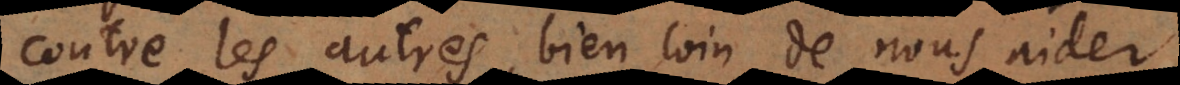
contre les autres, bien loin de nous aider